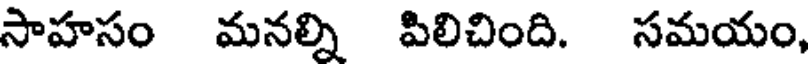
సాహసం మనల్ని పిలిచింది. సమయం,